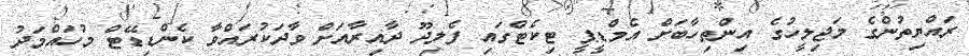
ރައްޔިތުންގެ މަޖިލީހުގެ އިންތިހާބަށް އެމްޑީޕީ ޓިކެޓްގައި ފެލިދޫ ދާއިރާއަށް ވާދަކުރައްވާ ކެންޑިޑޭޓް މުހައްމަދު